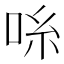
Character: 𫩹